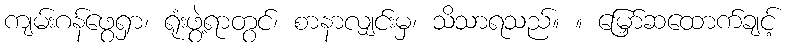
ကျမ်းဂန်ဖွေရှာ၊ ရုံးဖွဲ့ရာတွင်၊ စာနာလျှင်းမှ၊ သိသာရသည်။ ။ မြှော်ဆထောက်ချင့်